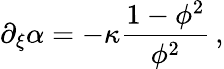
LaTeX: \partial_{\xi}\alpha=-\kappa\frac{1-\phi^{2}}{\phi^{2}}\, ,